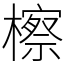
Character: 檫